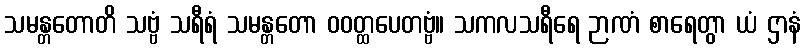
သမန္တတောတိ သဗ္ဗံ သရီရံ သမန္တတော ဝဝတ္ထပေတဗ္ဗံ။ သကလသရီရေ ဉာဏံ စာရေတွာ ယံ ဌာနံ